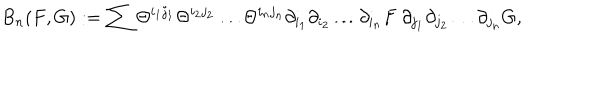
B _ { n } ( F , G ) : = \sum \Theta ^ { i _ { 1 } j _ { 1 } } \Theta ^ { i _ { 2 } j _ { 2 } } \dots \Theta ^ { i _ { n } j _ { n } } \partial _ { i _ { 1 } } \partial _ { i _ { 2 } } \dots \partial _ { i _ { n } } F \ \partial _ { j _ { 1 } } \partial _ { j _ { 2 } } \dots \partial _ { j _ { n } } G ,